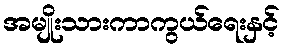
အမျိုးသားကာကွယ်ရေးနှင့်